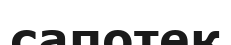
сапотек